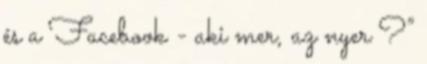
és a Facebook - aki mer, az nyer ?”